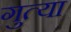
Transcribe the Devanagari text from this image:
गुत्या